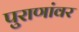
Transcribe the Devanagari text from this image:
पुराणांवर